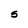
Character: S